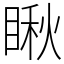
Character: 瞅